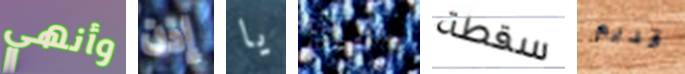
وأنهي إذن يا إسقاط سقطة قديم